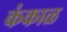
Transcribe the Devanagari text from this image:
कंकाळ